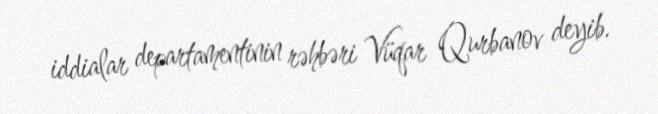
iddialar departamentinin rəhbəri Vüqar Qurbanov deyib.